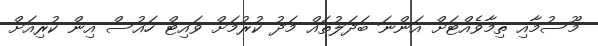
މޫސުމާއި ތިމާވެއްޓަށް އަންނަ ބަދަލުތައް މަދު ކުރުމަށް ވައިޓް ހައުސް އިން ކުރިއަށް